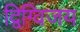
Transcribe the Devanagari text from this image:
द्विग्विजय